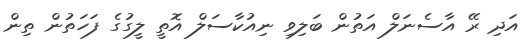
އަދި ރޭ އާސެނަލް އަތުން ބަލިވި ނިއުކާސަލް އޮތީ ލީގުގެ ފަހަތުން ތިން